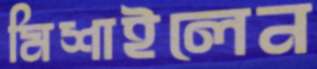
মিশাইলেন